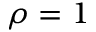
\rho = 1